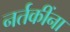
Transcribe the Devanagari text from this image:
नर्तकींना